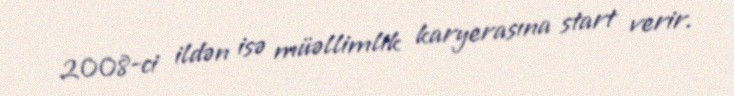
2008-ci ildən isə müəllimlik karyerasına start verir.